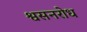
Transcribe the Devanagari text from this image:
श्वसनरोध